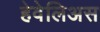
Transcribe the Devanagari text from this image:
हेवेलिअस